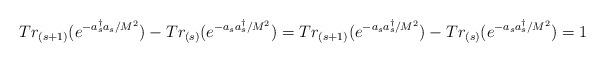
LaTeX: \begin{align*}Tr_{(s+1)}(e^{-a^{\dagger}_{s}a_{s}/M^{2}})-Tr_{(s)}(e^{- a_{s}a^{\dagger}_{s}/M^{2}}) =Tr_{(s+1)}(e^{-a_{s}a^{\dagger}_{s}/M^{2}})-Tr_{(s)}(e^{- a_{s}a^{\dagger}_{s}/M^{2}}) = 1\end{align*}